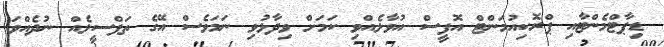
ޑިޕާޓްމެންޓާއި ޕްރޮކިއުމަންޓް އޮފީސް އުވާލެއްވި ކަމަށް ވިދާޅުވި ނަމަވެސް އޭގެ ތަފްސީލެއް ނުދެއްވަ